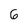
Character: 6